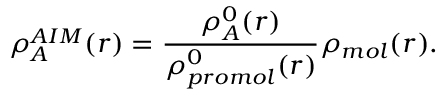
\rho _ { A } ^ { A I M } ( r ) = \frac { \rho _ { A } ^ { 0 } ( r ) } { \rho _ { p r o m o l } ^ { 0 } ( r ) } \rho _ { m o l } ( r ) .